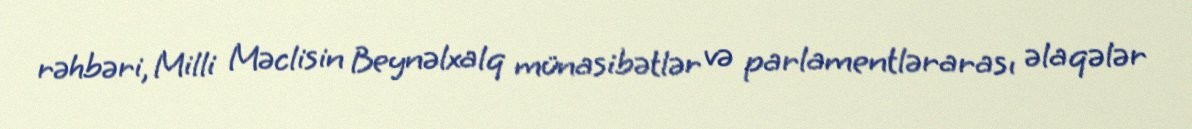
rəhbəri, Milli Məclisin Beynəlxalq münasibətlər və parlamentlərarası əlaqələr